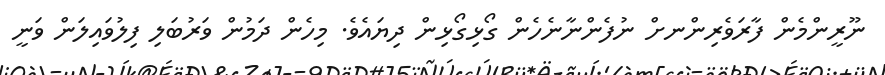
ނޫރީންމެން ފާރަވެރިންނށް ނުފެންނާނެހެން ގޯޅިގޯޅިން ދިޔައެވެ. މިހެން ދަމުން ވަރުބަލި ފިލުވައިލަން ވަނީ